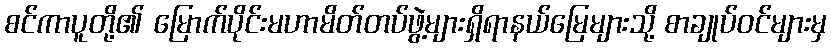
စင်ကာပူတို့၏ မြောက်ပိုင်းမဟာမိတ်တပ်ဖွဲ့များရှိရာနယ်မြေများသို့ စာချုပ်ဝင်များမှ